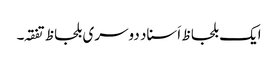
ایک بلحاظ اَسناد دوسری بلحاظ تفقہ۔